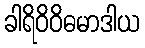
ခါရိဝိဝိဓမာဒါယ